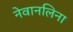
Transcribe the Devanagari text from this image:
नेवानलिना